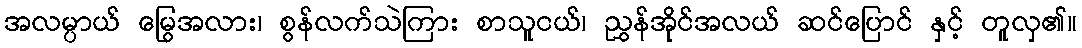
အလမ္ပာယ် မြွေအလား၊ စွန်လက်သဲကြား စာသူငယ်၊ ညွှန်အိုင်အလယ် ဆင်ပြောင် နှင့် တူလှ၏။